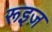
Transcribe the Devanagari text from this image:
रूइज़